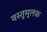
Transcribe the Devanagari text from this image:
वस्तुमूलक